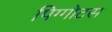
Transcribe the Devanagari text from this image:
पिग्गोटस